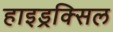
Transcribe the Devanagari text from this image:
हाइड्रक्सिल